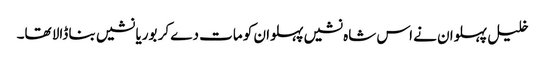
خلیل پہلوان نے اس شاہ نشیں پہلوان کو مات دے کر بوریا نشیں بنا ڈالا تھا۔